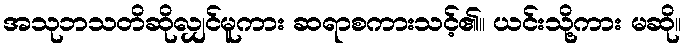
အသုဘသတိဆိုလျှင်မူကား ဆရာစကားသင့်၏။ ယင်းသို့ကား မဆို။